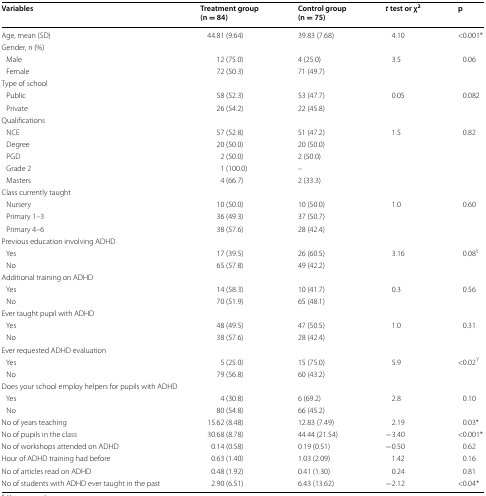
<table><thead><tr><td><b>Variables</b></td><td><b>Treatment group(n = 84)</b></td><td><b>Control group(n = 75)</b></td><td><b><i>t</i> test or χ<sup>2</sup></b></td><td><b>p</b></td></tr></thead><tbody><tr><td>Age, mean (SD)</td><td>44.81 (9.64)</td><td>39.83 (7.68)</td><td>4.10</td><td>&lt;0.001*</td></tr><tr><td colspan="5">Gender, n (%)</td></tr><tr><td> Male</td><td>12 (75.0)</td><td>4 (25.0)</td><td>3.5</td><td>0.06</td></tr><tr><td> Female</td><td>72 (50.3)</td><td>71 (49.7)</td><td></td><td></td></tr><tr><td colspan="5">Type of school</td></tr><tr><td> Public</td><td>58 (52.3)</td><td>53 (47.7)</td><td>0.05</td><td>0.082</td></tr><tr><td> Private</td><td>26 (54.2)</td><td>22 (45.8)</td><td></td><td></td></tr><tr><td colspan="5">Qualifications</td></tr><tr><td> NCE</td><td>57 (52.8)</td><td>51 (47.2)</td><td>1.5</td><td>0.82</td></tr><tr><td> Degree</td><td>20 (50.0)</td><td>20 (50.0)</td><td></td><td></td></tr><tr><td> PGD</td><td>2 (50.0)</td><td>2 (50.0)</td><td></td><td></td></tr><tr><td> Grade 2</td><td>1 (100.0)</td><td>–</td><td></td><td></td></tr><tr><td> Masters</td><td>4 (66.7)</td><td>2 (33.3)</td><td></td><td></td></tr><tr><td colspan="5">Class currently taught</td></tr><tr><td> Nursery</td><td>10 (50.0)</td><td>10 (50.0)</td><td>1.0</td><td>0.60</td></tr><tr><td> Primary 1–3</td><td>36 (49.3)</td><td>37 (50.7)</td><td></td><td></td></tr><tr><td> Primary 4–6</td><td>38 (57.6)</td><td>28 (42.4)</td><td></td><td></td></tr><tr><td colspan="5">Previous education involving ADHD</td></tr><tr><td> Yes</td><td>17 (39.5)</td><td>26 (60.5)</td><td>3.16</td><td>0.08<sup>Y</sup></td></tr><tr><td> No</td><td>65 (57.8)</td><td>49 (42.2)</td><td></td><td></td></tr><tr><td colspan="5">Additional training on ADHD</td></tr><tr><td> Yes</td><td>14 (58.3)</td><td>10 (41.7)</td><td>0.3</td><td>0.56</td></tr><tr><td> No</td><td>70 (51.9)</td><td>65 (48.1)</td><td></td><td></td></tr><tr><td colspan="5">Ever taught pupil with ADHD</td></tr><tr><td> Yes</td><td>48 (49.5)</td><td>47 (50.5)</td><td>1.0</td><td>0.31</td></tr><tr><td> No</td><td>38 (57.6)</td><td>28 (42.4)</td><td></td><td></td></tr><tr><td colspan="5">Ever requested ADHD evaluation</td></tr><tr><td> Yes</td><td>5 (25.0)</td><td>15 (75.0)</td><td>5.9</td><td>&lt;0.02<sup>Y</sup></td></tr><tr><td> No</td><td>79 (56.8)</td><td>60 (43.2)</td><td></td><td></td></tr><tr><td colspan="5">Does your school employ helpers for pupils with ADHD</td></tr><tr><td> Yes</td><td>4 (30.8)</td><td>6 (69.2)</td><td>2.8</td><td>0.10</td></tr><tr><td> No</td><td>80 (54.8)</td><td>66 (45.2)</td><td></td><td></td></tr><tr><td>No of years teaching</td><td>15.62 (8.48)</td><td>12.83 (7.49)</td><td>2.19</td><td>0.03*</td></tr><tr><td>No of pupils in the class</td><td>30.68 (8.78)</td><td>44.44 (21.54)</td><td>−3.40</td><td>&lt;0.001*</td></tr><tr><td>No of workshops attended on ADHD</td><td>0.14 (0.58)</td><td>0.19 (0.51)</td><td>−0.50</td><td>0.62</td></tr><tr><td>Hour of ADHD training had before</td><td>0.63 (1.40)</td><td>1.03 (2.09)</td><td>1.42</td><td>0.16</td></tr><tr><td>No of articles read on ADHD</td><td>0.48 (1.92)</td><td>0.41 (1.30)</td><td>0.24</td><td>0.81</td></tr><tr><td>No of students with ADHD ever taught in the past</td><td>2.90 (6.51)</td><td>6.43 (13.62)</td><td>−2.12</td><td>&lt;0.04*</td></tr></tbody></table>